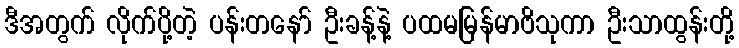
ဒီအတွက် လိုက်ပို့တဲ့ ပန်းတနော် ဦးခန့်နဲ့ ပထမမြန်မာဗိသုကာ ဦးသာထွန်းတို့